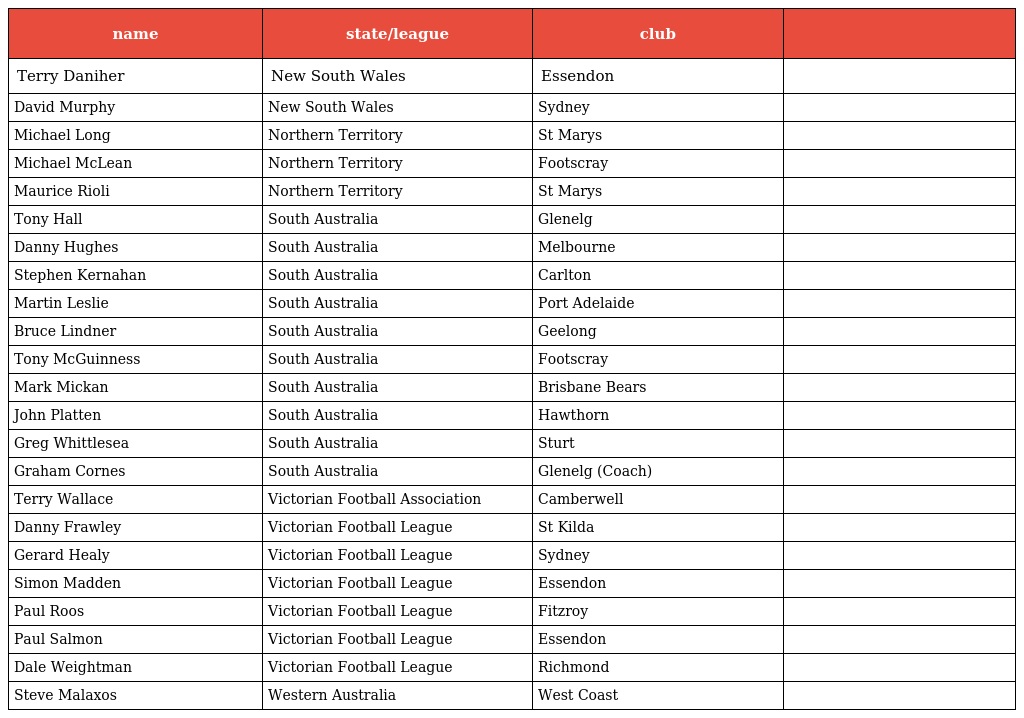
| name | state/league | club |  |
 | --- | --- | --- | --- |
 | Terry Daniher | New South Wales | Essendon |  |
 | David Murphy | New South Wales | Sydney |  |
 | Michael Long | Northern Territory | St Marys |  |
 | Michael McLean | Northern Territory | Footscray |  |
 | Maurice Rioli | Northern Territory | St Marys |  |
 | Tony Hall | South Australia | Glenelg |  |
 | Danny Hughes | South Australia | Melbourne |  |
 | Stephen Kernahan | South Australia | Carlton |  |
 | Martin Leslie | South Australia | Port Adelaide |  |
 | Bruce Lindner | South Australia | Geelong |  |
 | Tony McGuinness | South Australia | Footscray |  |
 | Mark Mickan | South Australia | Brisbane Bears |  |
 | John Platten | South Australia | Hawthorn |  |
 | Greg Whittlesea | South Australia | Sturt |  |
 | Graham Cornes | South Australia | Glenelg (Coach) |  |
 | Terry Wallace | Victorian Football Association | Camberwell |  |
 | Danny Frawley | Victorian Football League | St Kilda |  |
 | Gerard Healy | Victorian Football League | Sydney |  |
 | Simon Madden | Victorian Football League | Essendon |  |
 | Paul Roos | Victorian Football League | Fitzroy |  |
 | Paul Salmon | Victorian Football League | Essendon |  |
 | Dale Weightman | Victorian Football League | Richmond |  |
 | Steve Malaxos | Western Australia | West Coast |  |